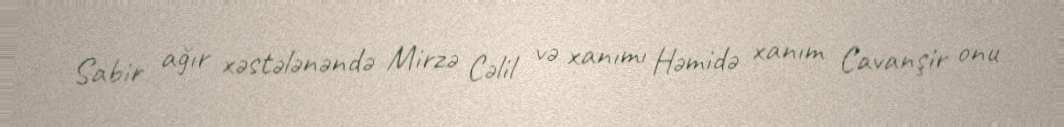
Sabir ağır xəstələnəndə Mirzə Cəlil və xanımı Həmidə xanım Cavanşir onu